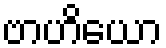
ဗာဟိယော